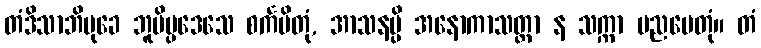
တံဒိသာဘိမုခေ ဘူမိပ္ပဒေသေ စင်္ကမိတုံ, အာသနမ္ပိ အနောကာသတ္တာ န သက္ကာ ပညပေတုံ။ တံ